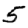
Digit: 5